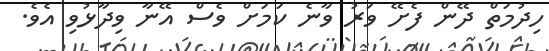
ހިދުމަތް ދޭން ފެށޭ ވަރު ވާނެ ކަމަށް ވެސް އޭނާ ވިދާޅުވި އެވެ.